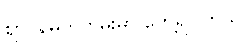
ဈာပနမှတ်တမ်းမှာ တွေ့ရပါတယ်။